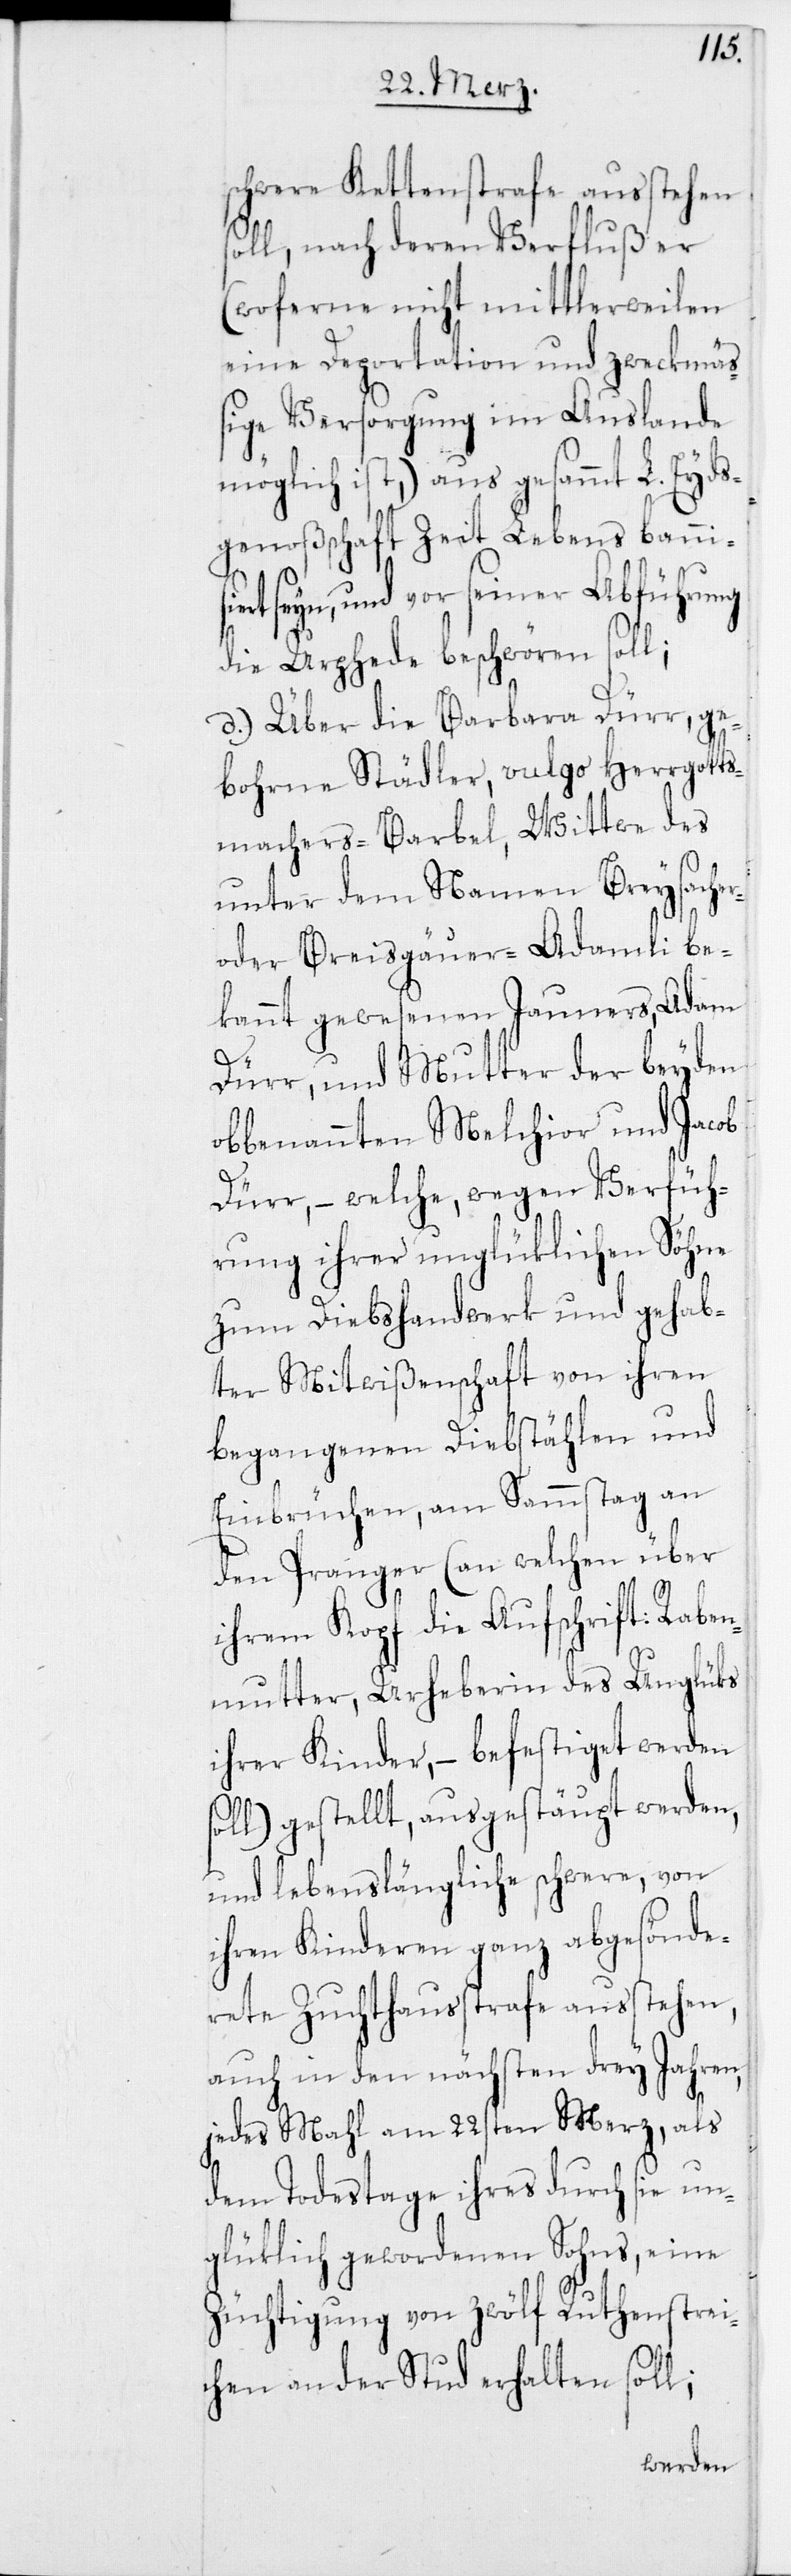
chwere Kettenstrafe ausstehen
soll, nach deren Verfluß er
(woferne nicht mitlerweilen
eine Deportation und zweckmäß¬
ige Versorgung im Auslande
möglich ist,) aus gesammt L. Eyds¬
genoßschaft Zeit Lebens bannis¬
iert seyn, und vor seiner Abführung
die Urfehde beschwören soll;
d.) Über die Barbara Dürr, ge¬
bohrne Städler, vulgo Herrgotts¬
machers-Barbel, Wittwe des
unter dem Namen Breysacher-
oder Breisgäuer-Adamli be¬
kannt gewesenen Jauners, Adam
s¬
Dürr, und Mutter der beyden
obbenannten Melchior und Jacob
Dürr, – welche, wegen Verfüh¬
rung ihrer unglüklichen Söhne
zum Diebshandwerk und gehab¬
ter Mitwißenschaft von ihren
begangenen Diebstählen und
Einbrüchen, am Sammstag an
den Pranger (an welchem über
ihrem Kopf die Aufschrift: Raben¬
mutter, Urheberin des Unglüks
ihrer Kinder, – befestiget werden
oll) gestellt, ausgestäupt werden,
und lebenslänglich schwere, von
ihren Kinderen ganz abgesönde¬
rete Zuchthausstrafe ausstehen,
auch in den nächsten drey Jahren,
jedes Mahl am 22sten Merz, als
dem Todestage ihres durch sie un¬
glüklich gewordenen Sohns, eine
Züchtigung von zwölf Ruthenstrei¬
chen an der Stud erhalten soll;